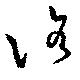
洛